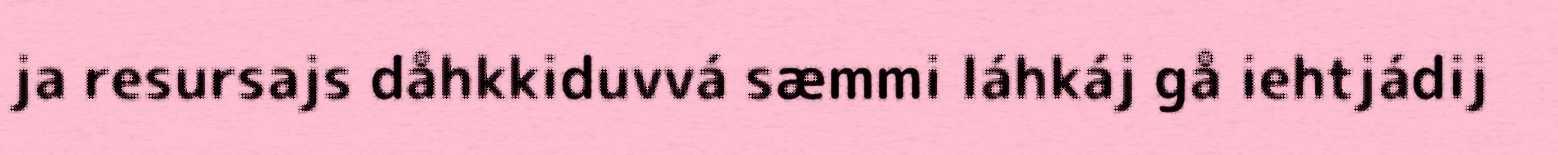
ja resursajs dåhkkiduvvá sæmmi láhkáj gå iehtjádij